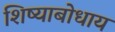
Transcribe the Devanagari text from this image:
शिष्याबोधाय